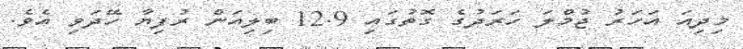
މިދިއަ އަހަރު ޖުމްލަ ހަރަދުގެ ގޮތުގައި 12.9 ބިލިއަން ރުފިޔާ ހޭދަވި އެވެ.